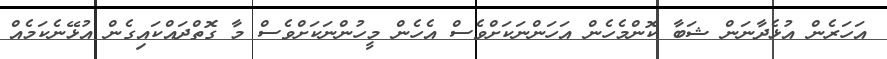
އަހަރެން އުޅެދާނަން ޝަބާ ކޮންމެހެން އަހަންނަކަށްވެސް އެހެން މީހުންނަކަށްވެސް މާ ގޮތްދައްކައިގެން އުޅޭނެކަމެއް